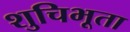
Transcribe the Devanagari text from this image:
शुचिभूता